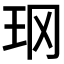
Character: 𱮴